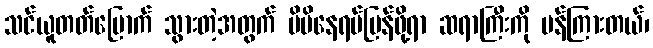
သင်ယူတတ်မြောက် သွားတဲ့အတွက် မိမိနေရပ်ပြန်ဖို့ရာ ဆရာကြီးကို ပန်ကြားတယ်၊